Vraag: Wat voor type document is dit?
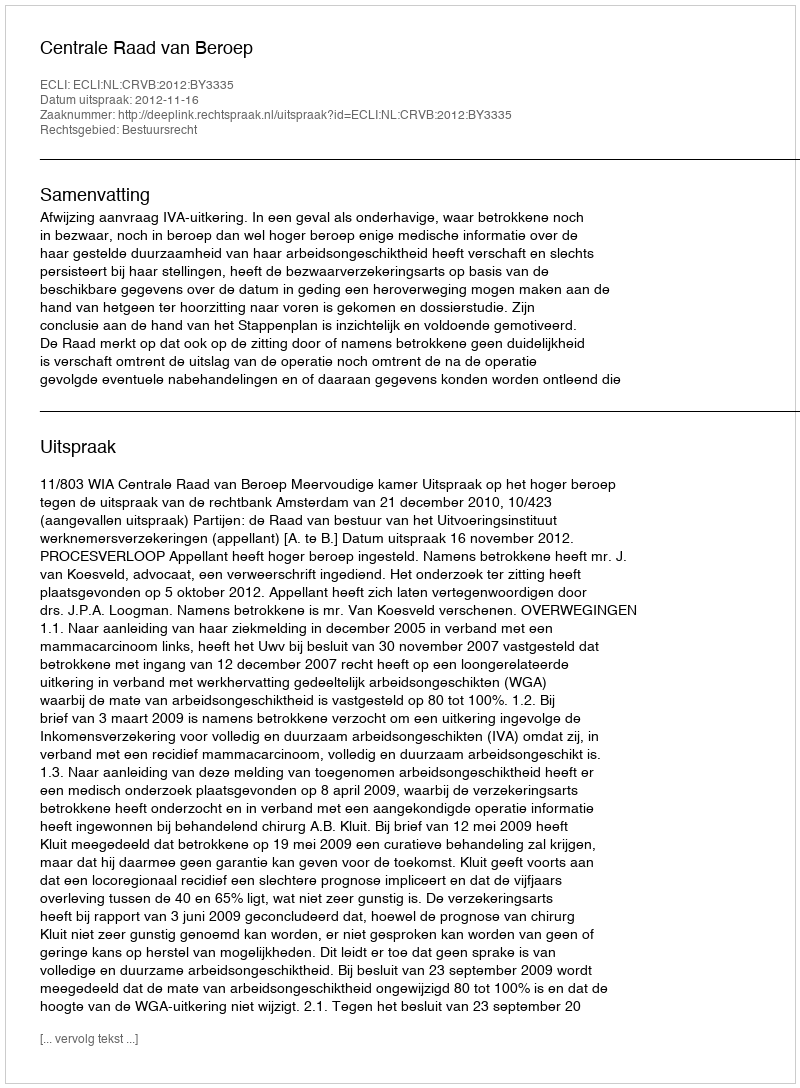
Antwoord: Uitspraak